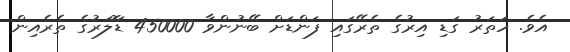
އެވެ. ހަތަރު ގަޑި އިރުގެ ތެރޭގައި ފަންޑަށް ބޭނުންވާ 450000 ޑޮަލަރުގެ ތެރެއިން